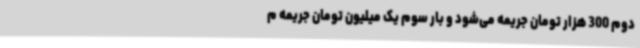
دوم 300 هزار تومان جریمه می‌شود و بار سوم یک میلیون تومان جریمه م